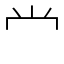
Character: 龸